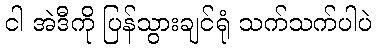
ငါ အဲဒီကို ပြန်သွားချင်ရုံ သက်သက်ပါပဲ